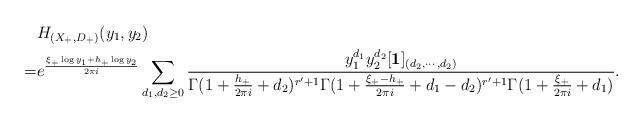
LaTeX: \begin{align*}&H_{(X_+,D_+)}(y_1,y_2)\\=&e^{\frac{\xi_+\log y_1+ h_+\log y_2}{2\pi i}}\sum_{d_1,d_2\geq 0} \frac{y_1^{d_1}y_2^{d_2}[\textbf{1}]_{(d_2,\cdots,d_2)}}{\Gamma(1+\frac{h_+}{2\pi i}+d_2)^{r^\prime+1}\Gamma(1+\frac{\xi_+-h_+}{2\pi i}+d_1-d_2)^{r^\prime+1}\Gamma(1+\frac{\xi_+}{2\pi i}+d_1)}.\end{align*}